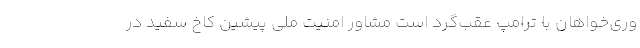
وری‌خواهان با ترامپ عقب‌گرد است مشاور امنیت ملی پیشین کاخ سفید در